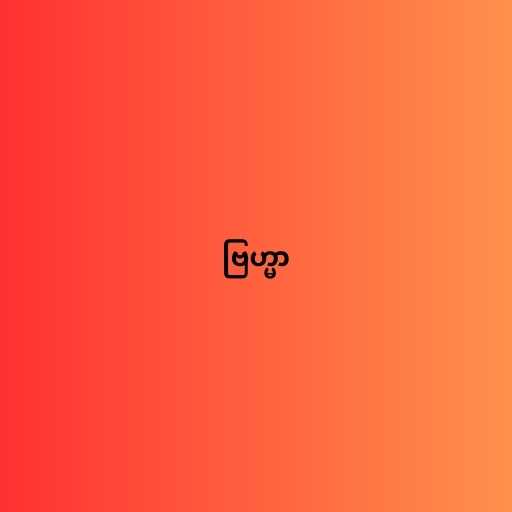
ဗြဟ္မာ